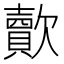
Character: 𣤯